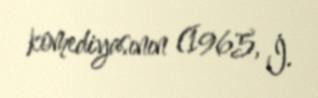
komediyasının (1965, İ.